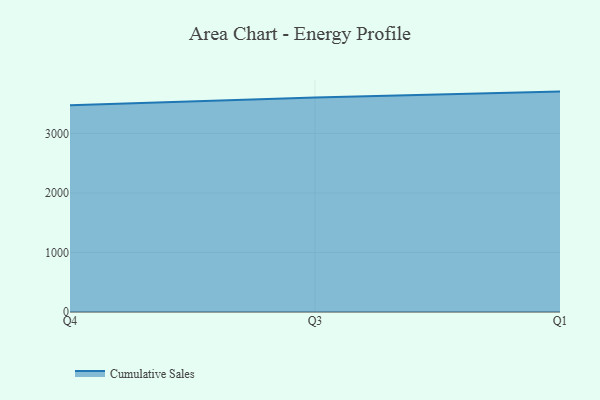
{"axis": {"x": "Quarter", "y": "Shipments"}, "legend": ["Cumulative Sales"], "data": [{"x": "Q4", "y": 3472.5, "type": "Cumulative Sales"}, {"x": "Q3", "y": 3606.0, "type": "Cumulative Sales"}, {"x": "Q1", "y": 3703.7, "type": "Cumulative Sales"}]}